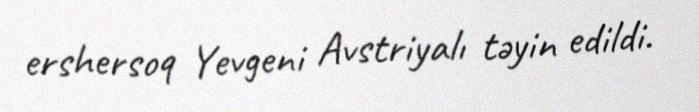
ershersoq Yevgeni Avstriyalı təyin edildi.